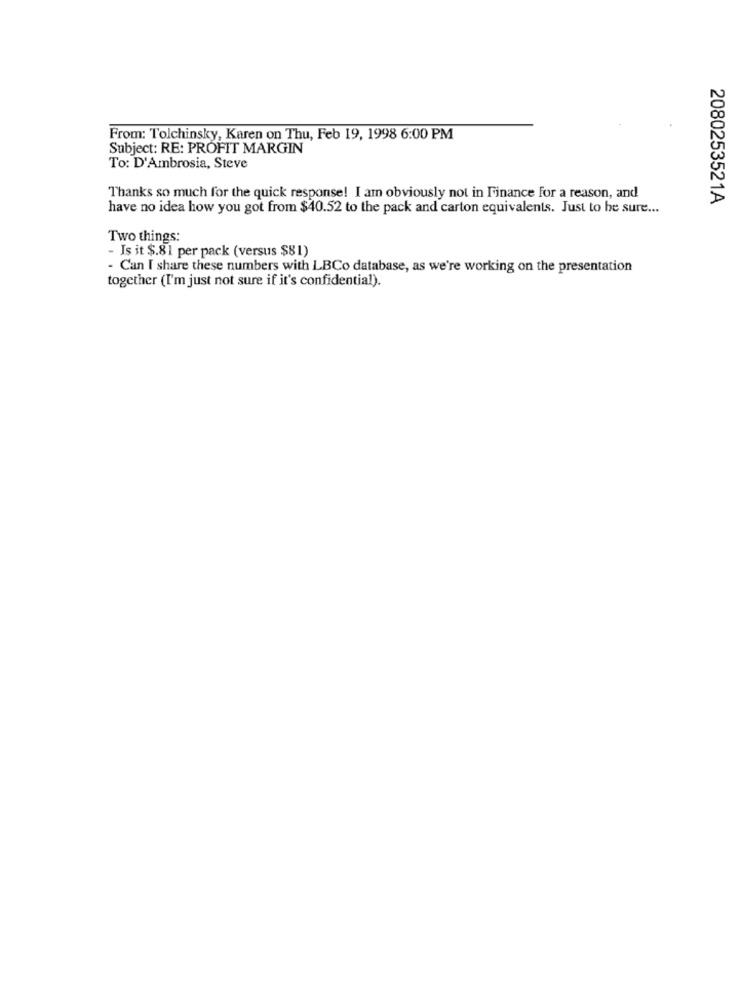
From: Tolchinsky, Karen on Thu, Feb 19, 1998 6:00 PM
Subject: RE: PROFIT MARGIN
To: D'Ambrosia, Steve
Thanks so much for the quick response! I am obviously not in Finance For a reason, and
2080253521A
have no idea how you got from $40.52 to the pack and carton equivalents. Just to be sure ...
Two things:
- Is it $.81 per pack (versus $81)
- Can I share these numbers with LBCo database, as we're working on the presentation
together (I'm just not sure if it's confidential).